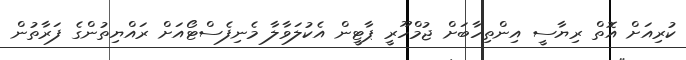
ކުރިއަށް އޮތް ރިޔާސީ އިންތިހާބަށް ޖުމްހޫރީ ޕާޓީން އެކުލަވާލާ މެނިފެސްޓޯއަށް ރައްޔިތުންގެ ފަރާތުން